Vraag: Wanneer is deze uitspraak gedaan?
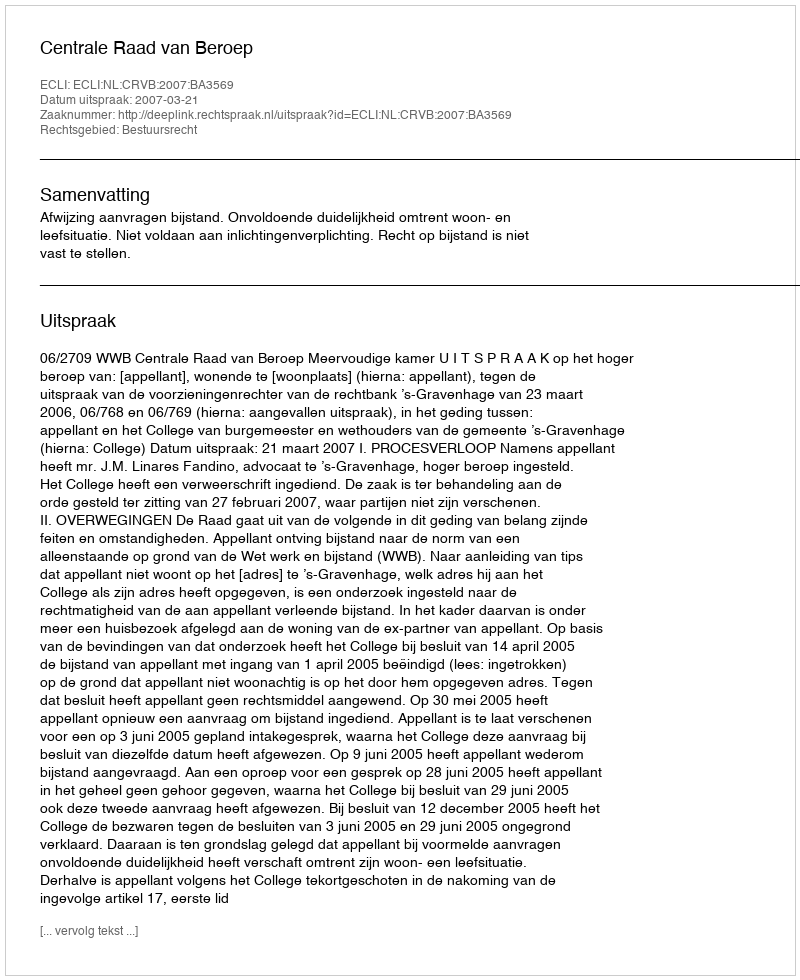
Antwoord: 2007-03-21